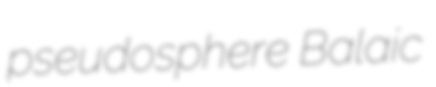
pseudosphere Balaic